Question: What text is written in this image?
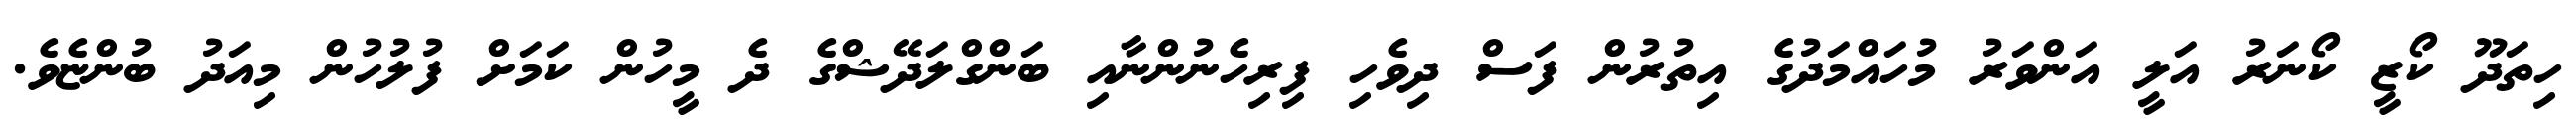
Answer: ހިތަދޫ ކޯޒީ ކޯނަރު އަލީ އަންވަރު މުހައްމަދުގެ އިތުރުން ފަސް ދިވެހި ފިރިހެނުންނާއި ބަންގްލަދޭޝްގެ ދެ މީހުން ކަމަށް ފުލުހުން މިއަދު ބުންޏެވެ.